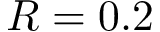
R = 0 . 2